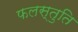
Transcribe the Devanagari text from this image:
फलस्तुति